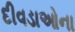
દીવડાઓના